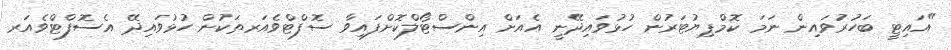
"އައިޓީ ބަހުރުވައިން ނަމަ ކޮމްޕިޔުޓަރުން ހުޅުވައިދޭނީ އެއަށް އިންސްޓޯލްކޮށްފައިވާ ސޮފްޓްވެއަރތަކުން ހުޅުވައިދޭ އެސޮފްޓްވެއަރ